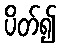
ပိတ်၍